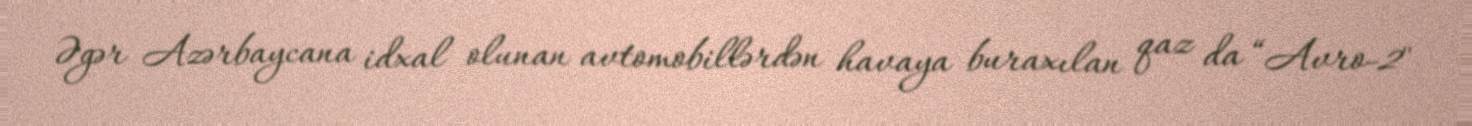
Əgər Azərbaycana idxal olunan avtomobillərdən havaya buraxılan qaz da “Avro-2"